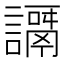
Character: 𧬭